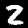
Digit: 2